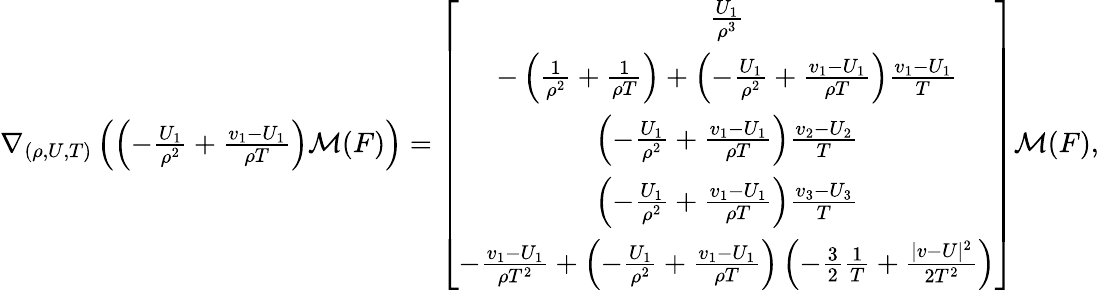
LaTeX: \begin{array}{r}{\nabla_{(\rho,U,T)}\left(\left(-\frac{U_{1}}{\rho^{2}}+\frac{v_{1}-U_{1}}{\rho T}\right)\mathcal{M}(F)\right)=\left[{\begin{array}{c}{\frac{U_{1}}{\rho^{3}}}\\ {-\left(\frac{1}{\rho^{2}}+\frac{1}{\rho T}\right)+\left(-\frac{U_{1}}{\rho^{2}}+\frac{v_{1}-U_{1}}{\rho T}\right)\frac{v_{1}-U_{1}}{T}}\\ {\left(-\frac{U_{1}}{\rho^{2}}+\frac{v_{1}-U_{1}}{\rho T}\right)\frac{v_{2}-U_{2}}{T}}\\ {\left(-\frac{U_{1}}{\rho^{2}}+\frac{v_{1}-U_{1}}{\rho T}\right)\frac{v_{3}-U_{3}}{T}}\\ {-\frac{v_{1}-U_{1}}{\rho T^{2}}+\left(-\frac{U_{1}}{\rho^{2}}+\frac{v_{1}-U_{1}}{\rho T}\right)\left(-\frac{3}{2}\frac{1}{T}+\frac{|v-U|^{2}}{2T^{2}}\right)}\end{array}}\right]\mathcal{M}(F),}\end{array}